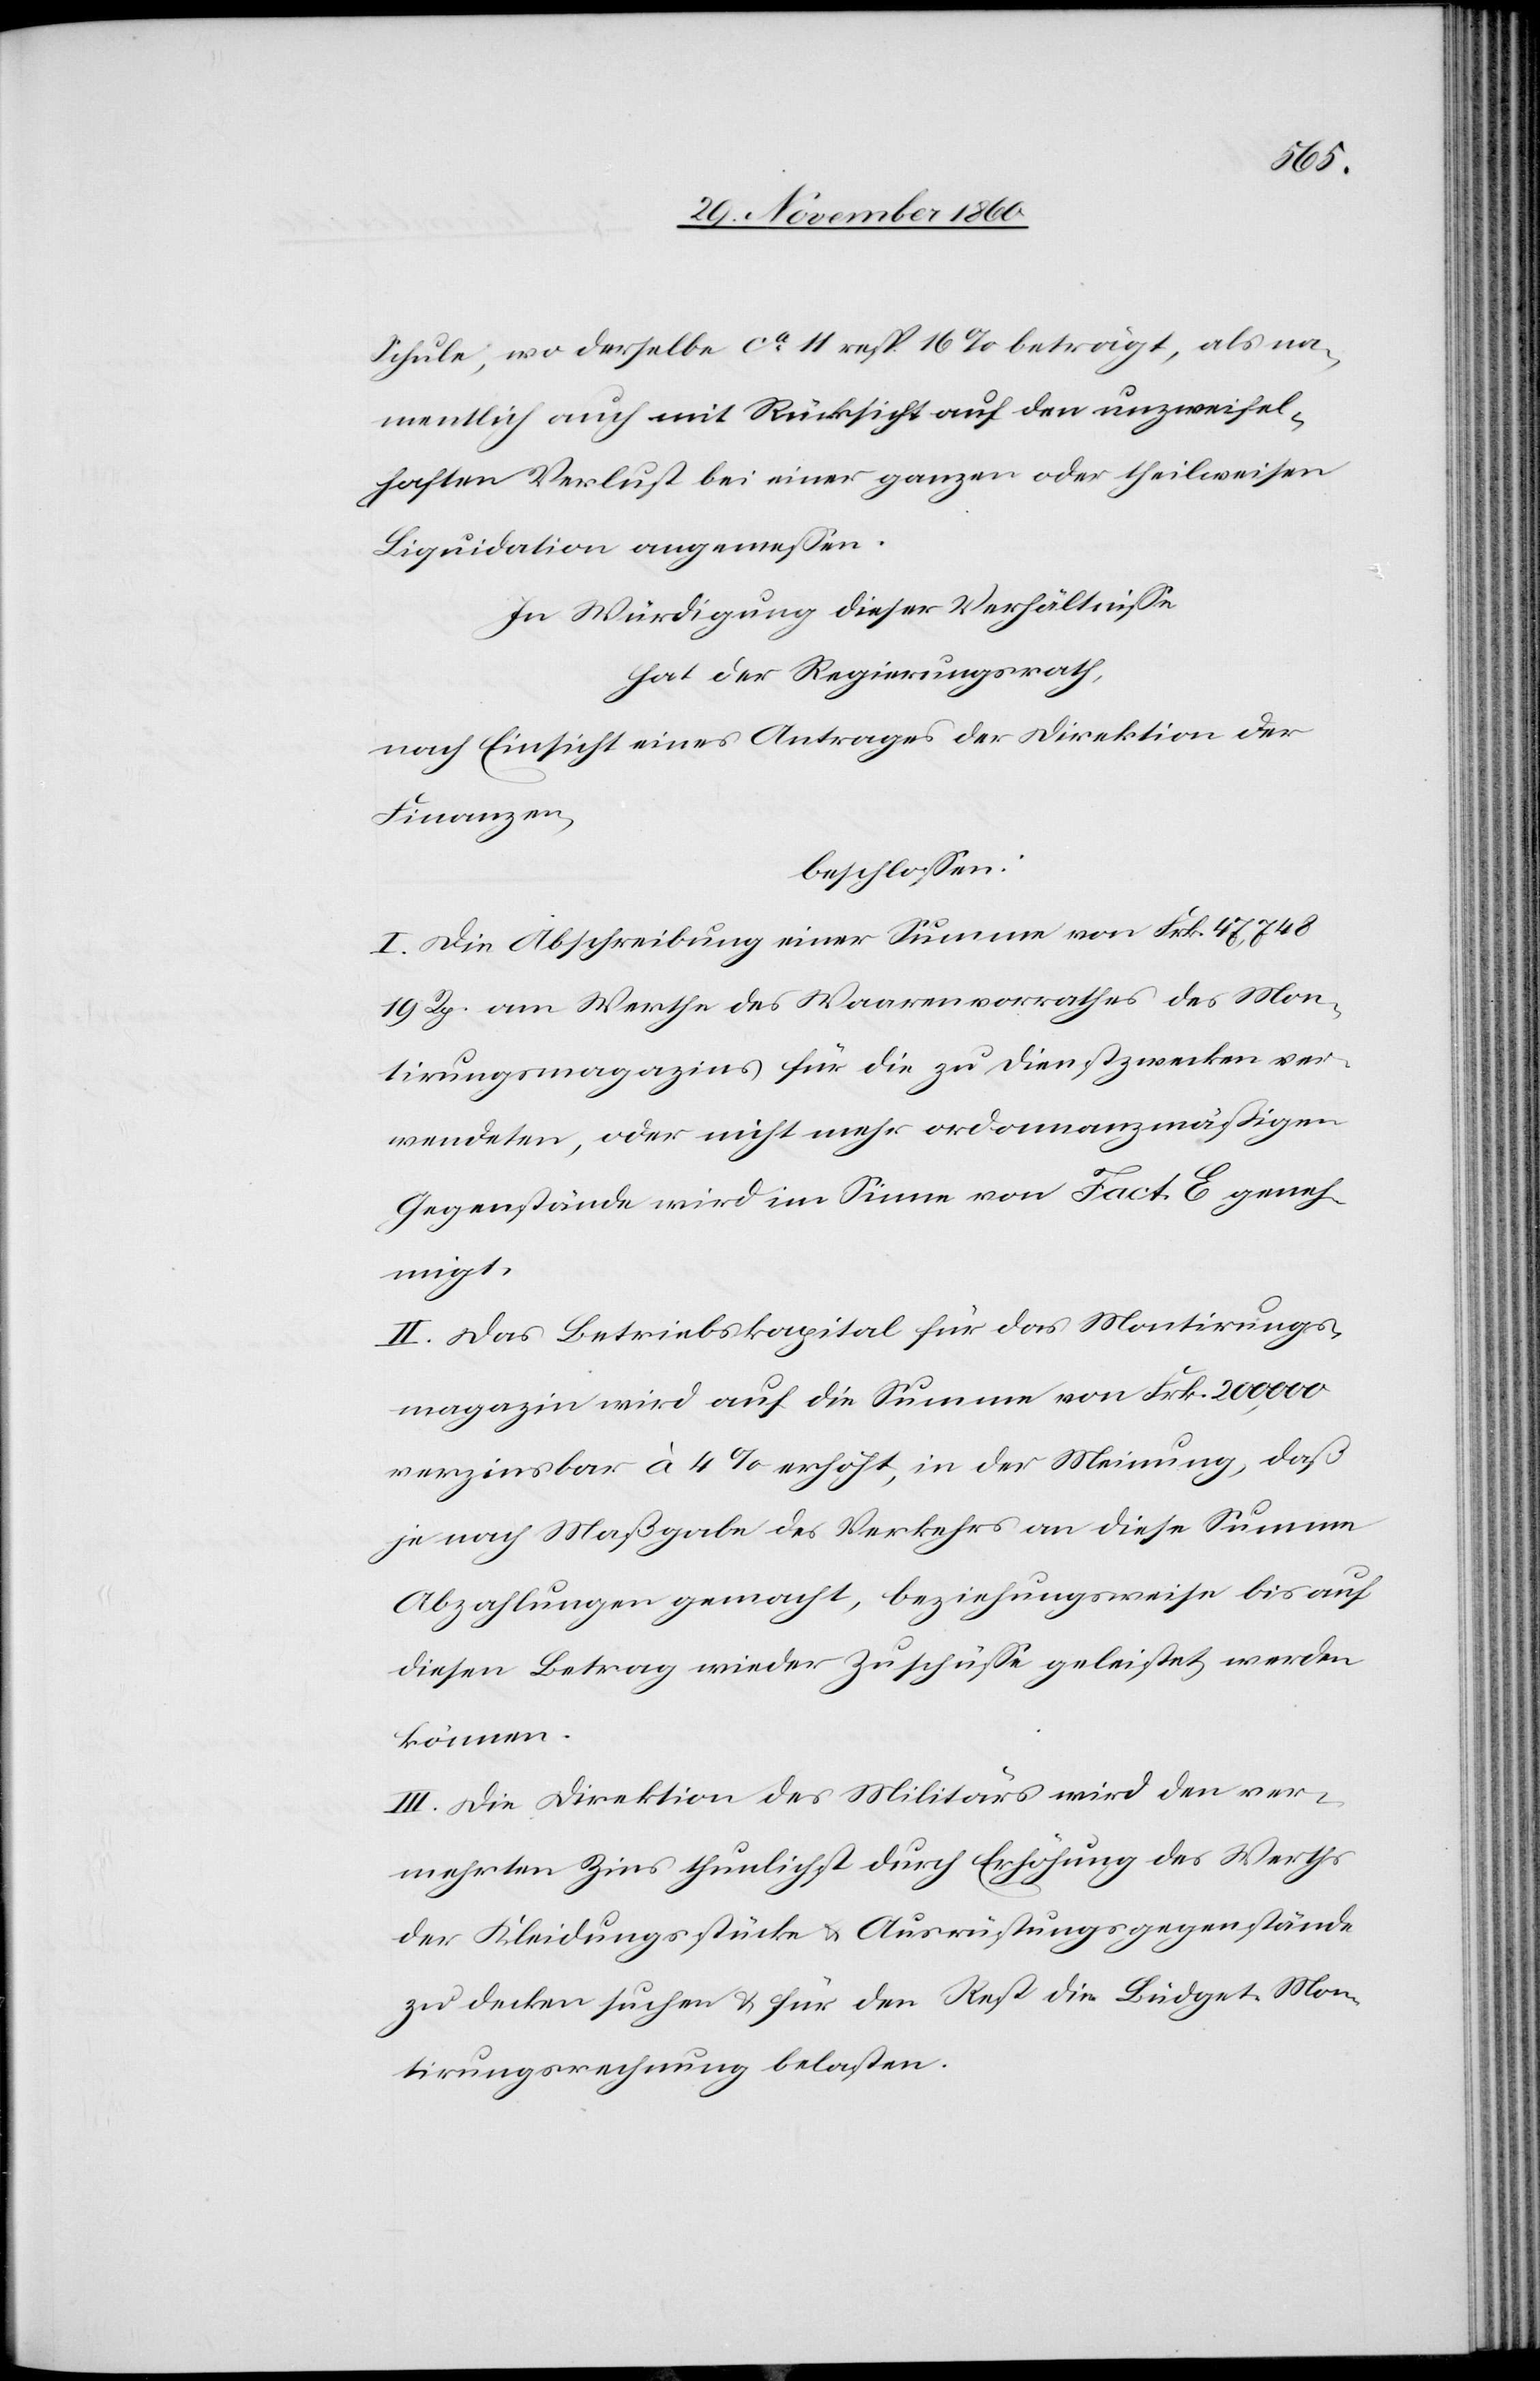
Schule, wo derselbe ca 11 resp. 16% beträgt, als na¬
mentlich auch mit Rücksicht auf den unzweifel¬
haften Verlust bei einer ganzen oder theilweisen
Liquidation angemessen.
In Würdigung dieser Verhältnisse
hat der Regierungsrath,
nach Einsicht eines Antrages der Direktion der
Finanzen,
beschlossen:
I. Die Abschreibung einer Summe von Frk. 47,748
19 Rp. am Werthe des Waarenvorrathes des Mon¬
tirungsmagazins für die zu Dienstzwecken ver¬
wendeten, oder nicht mehr ordonnanzmäßigen
Gegenstände wird im Sinne von Fact. E geneh¬
migt.
II. Das Betriebskapital für das Montirungs¬
magazin wird auf die Summe von Frk. 200,000
verzinsbar à 4% erhöht, in der Meinung, daß
je nach Maßgabe des Verkehrs an diese Summe
Abzahlungen gemacht, beziehungsweise bis auf
diesen Betrag wieder Zuschüsse geleistet werden
können.
III. Die Direktion des Militärs wird den ver¬
mehrten Zins thunlichst durch Erhöhung des Werths
der Kleidungsstücke u. Ausrüstungsgegenstände
zu decken suchen u. für den Rest die Büdget-Mon¬
tirungsrechnung belasten.